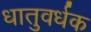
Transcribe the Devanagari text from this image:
धातुवर्धक